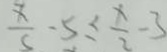
\frac { x } { s } - 5 \leq \frac { x } { 2 } - 3